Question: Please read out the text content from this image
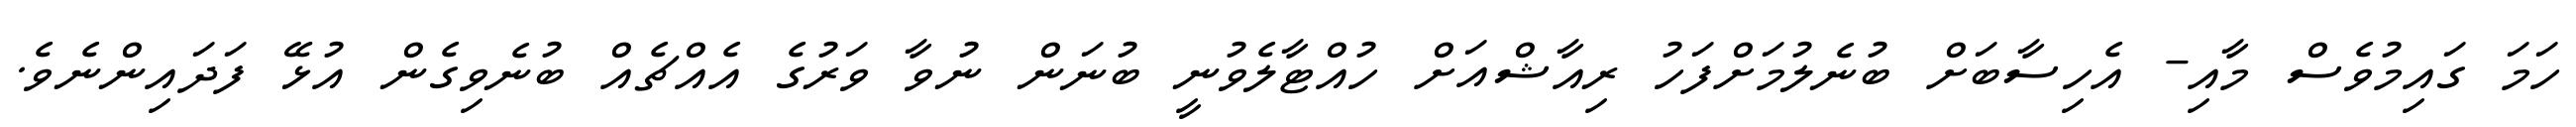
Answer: ހަމަ ގައިމުވެސް މާއި- އެހިސާބަށް ބުނެލުމަށްފަހު ރިއާޝްއަށް ހުއްޓާލެވުނީ ބުނަން ނުވާ ވަރުގެ އެއްޗެއް ބުނެވިގެން އުޅޭ ފަދައިންނެވެ.